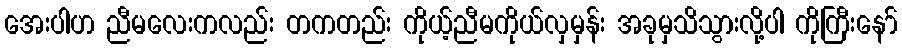
အေးပါဟ ညီမလေးကလည်း တကတည်း ကိုယ့်ညီမကိုယ်လှမှန်း အခုမှသိသွားလို့ပါ ကိုကြီးနော်